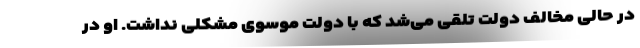
در حالی مخالف دولت تلقی می‌شد که با دولت موسوی مشکلی نداشت. او در